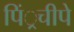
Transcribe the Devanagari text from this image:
पिं्रचीपे